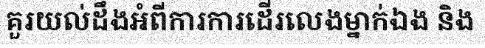
គួរយល់ដឹងអំពីការការដើរលេងម្នាក់ឯង និង